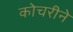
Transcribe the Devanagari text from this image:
कोचरीने